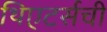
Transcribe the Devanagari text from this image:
थिएटर्सची